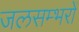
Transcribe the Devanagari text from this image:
जलसम्भरों